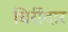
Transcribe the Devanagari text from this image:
घिर्रीदार